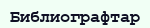
Библиографтар